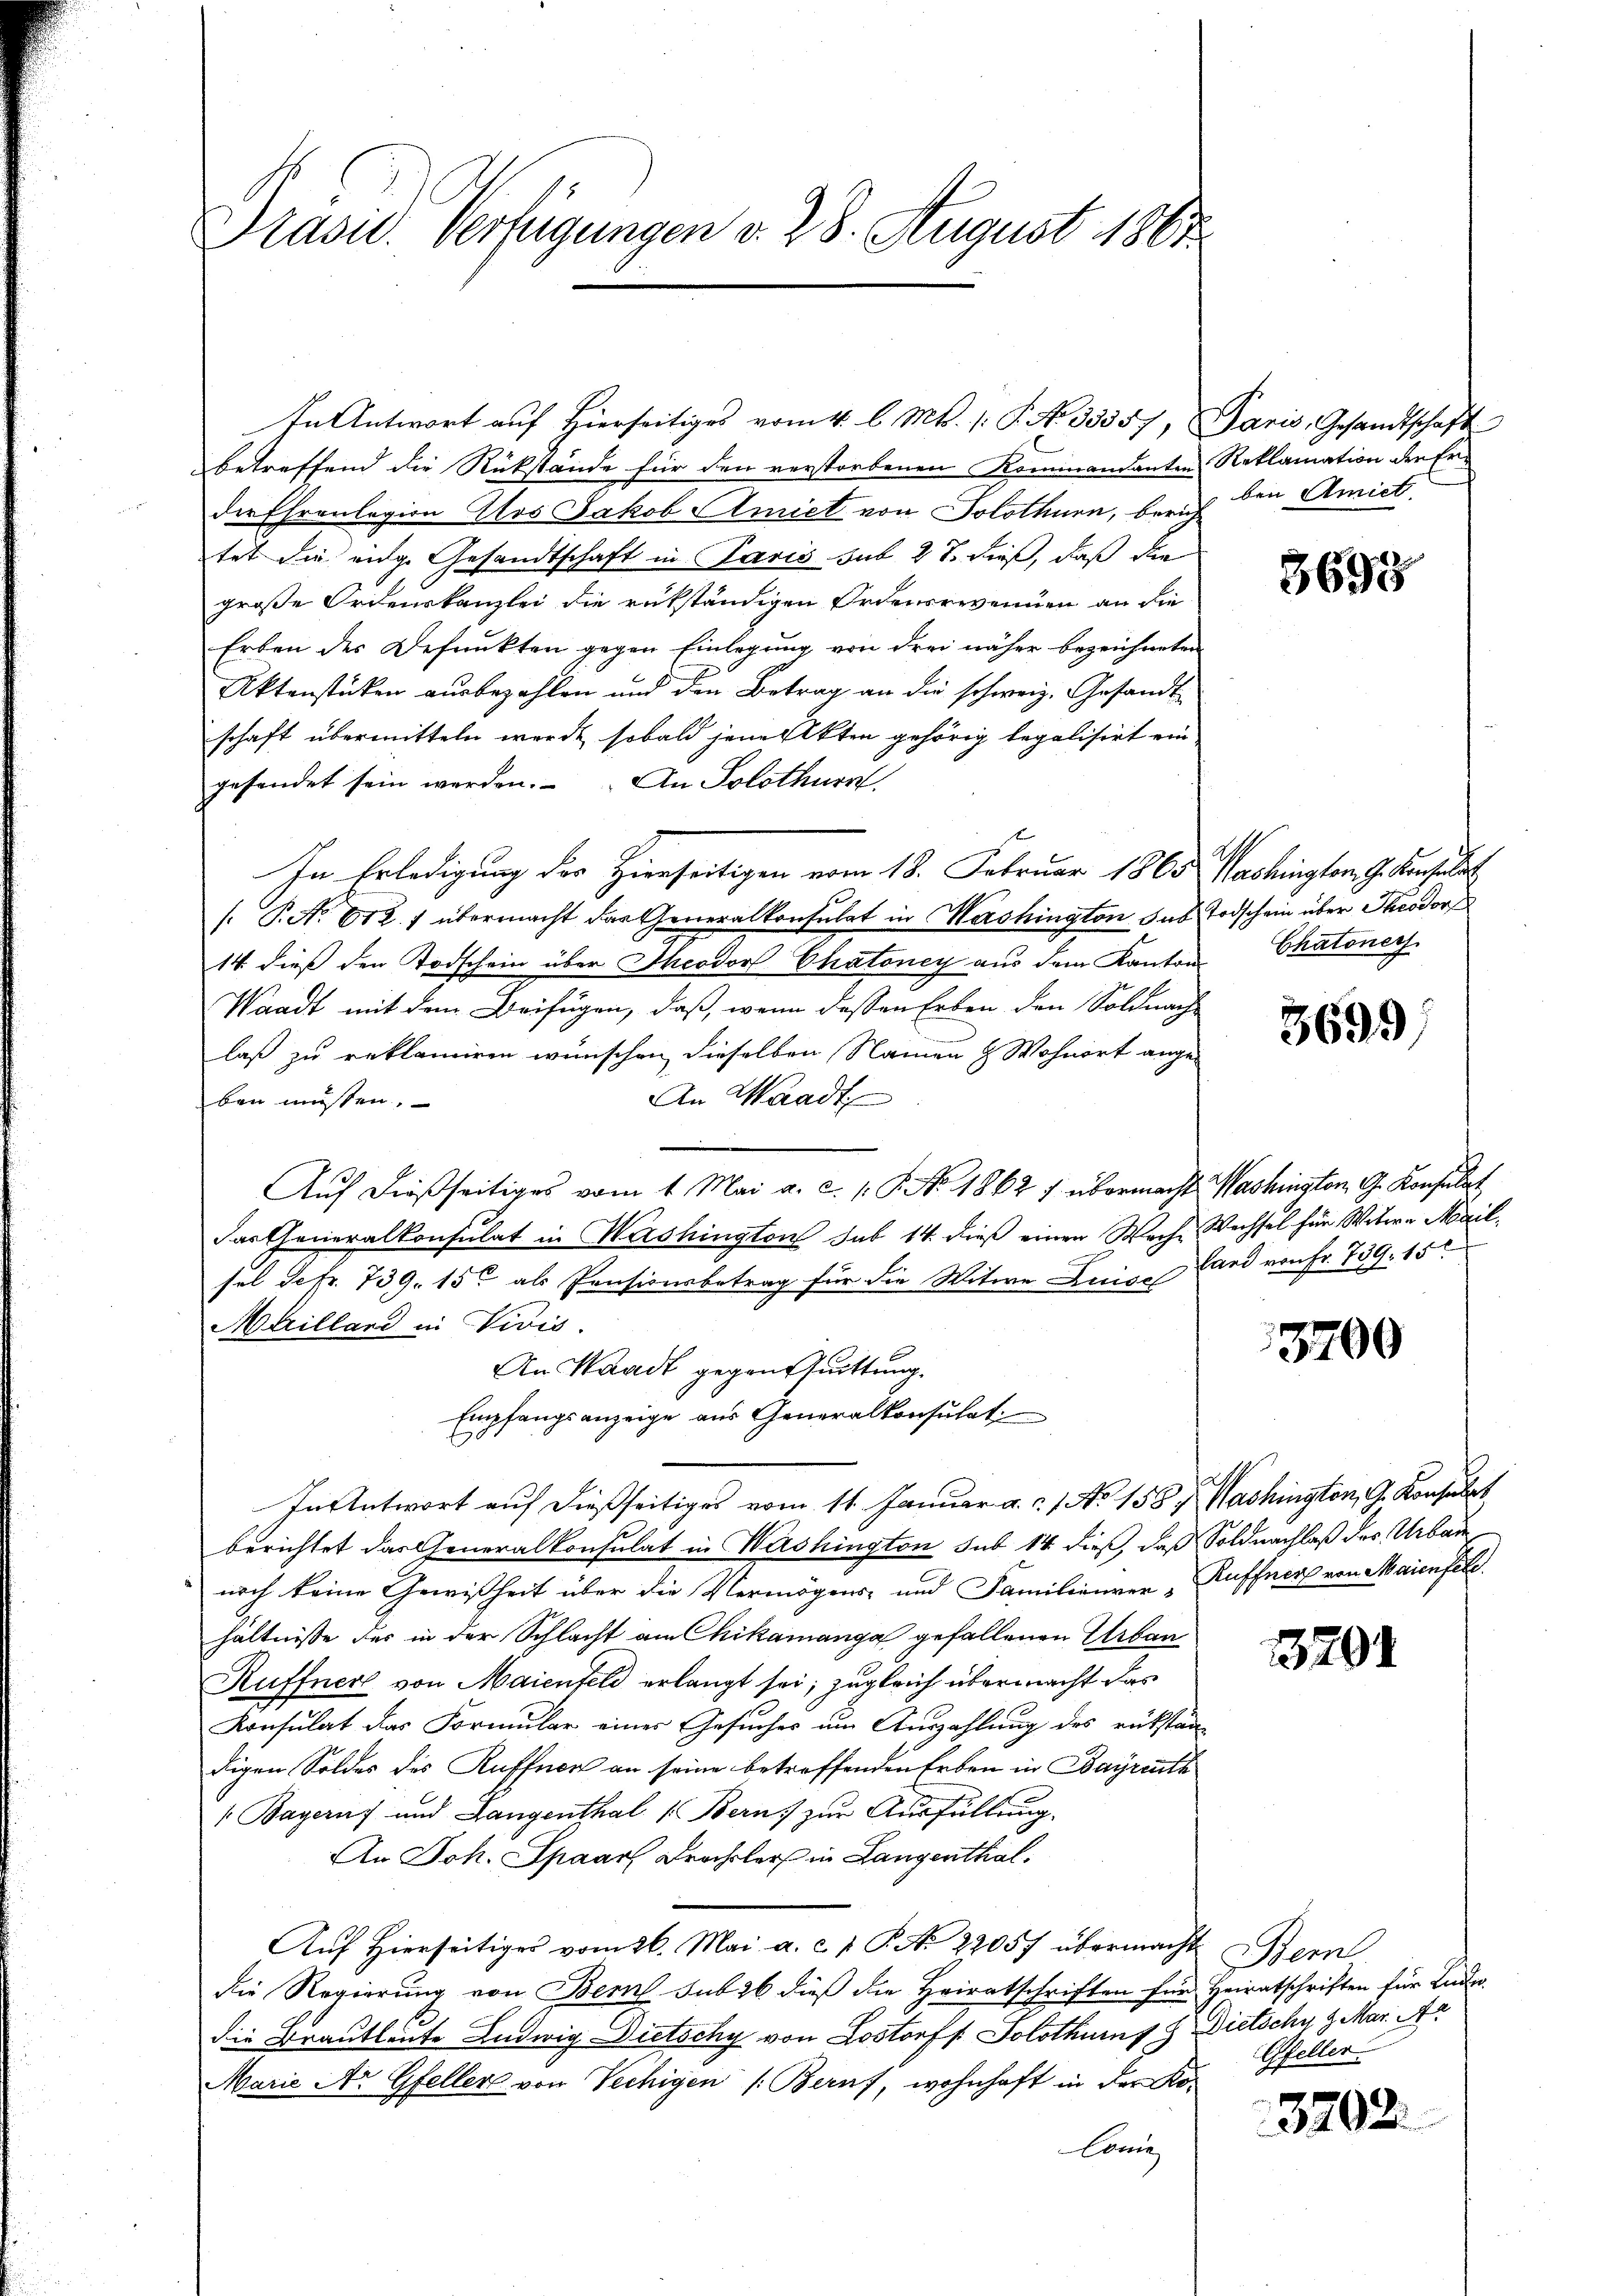
Präsid. Verfügungen v. 28. August 1808

In Antwort auf hierseitiges vom 4. l. Mts. /: P. No. 33557, Paris, Gesandtschaft
betreffend die Rückstände für den verstorbenen Kommandanten Reklamation der Erder Ehrenlegion Aos Jakob Amiet von Solothurn, berich den Amiet
tet die eidg. Gesandtschaft in Paris sub 27. dieß, daß die
große Ordenskanzlei die rükständigen Ordensrevenuen an die
Erben des Defunkten gegen Einlegung von drei näher bezeichneten
Aktenstücken ausbezahlen und den Betrag an die schweiz. Gesandt
schaft übermitteln werde, sobald jene Akten gehörig legalisirt ein
gesendet sein werden. An Solothurn
In Erledigung der Hierseitigen vom 18. Februar 1865. Washington G. Kanzle
/. P. Nr. 612. übermacht der Generalkonsulat in Mershington, das Todschein über Theodorf
14. dieß den Todschein über Theodor Chatoney aus dem Kantons
Waadt mit dem Beifügen, daß, wenn dessen Erben den Soldnachlaß zu reklamiren wünschen, dieselben Namen & Wohnort ange-
An Waadt
ben müssen.
Aŭf dießseitiges vom 1. Mai a. c. s. S. No. 1862 f übermacht. Washington G. Konsulat
das Generalkonsulat in Washington sub 14. dieß einen Wache Wechsel für Witwe Mailsel Sefr. 739. 15t als Pensionsbetrag für die Witwe Luise Hand von Fr. 759. 151
Marilland in Vivis.
An Waadt gegensuittung.
Empfangsanzeige aus Generalkonsulat
In Antwort auf dießseitiges vom 11. Januar a. c. No 158 f. Washingten, G. Konsulat
berichtet das Generalkonsulat in Washington sub 14 dieß, daß Soldnachlaß des Urban
noch keine Gewißheit über die Vermögens- und Familienrer „Kuffner von Maienfeld.
hältnisse der in der Schlacht am Chikamanga gefallenen Urban
Kuffner von Maienfeld erlangt sei; zugleich übermacht das
Konsulat das Formular eines Gesuches um Auszahlung des rükstän
digen Soldes des Ruffnen an seine betreffenden Erben in Bayreuth
1 Bageruf und Langenthal (Bern zur Ausfüllung
An Joh. Spaar Brachsler in Langenthal.
Aŭf Hierseitiges vom 26. Mai a. c. 1 P. N. 22057 übermacht
die Regierung von Bern sub 26 dieß die Heiratschriften für Heiratschriften für Lander
die Brautleute Ludwig Dietschy von Lostorff. Solothurns 8 Dietschy z Mar. Ar
Marie Ar Gfeller von Vechigen /: Beruf, wohnhaft in der Ko¬
Coni

3698

Chatonech

3699)

3700

13201

Seme
Gfeller.

3702.